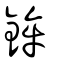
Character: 鉾